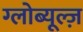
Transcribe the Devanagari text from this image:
ग्लोब्यूल्ज़